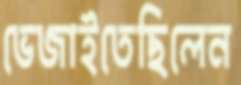
ভেজাইতেছিলেন